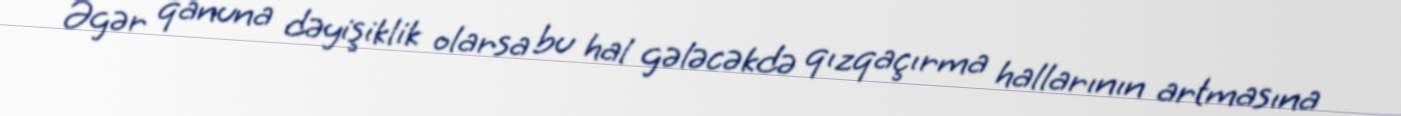
Əgər qanuna dəyişiklik olarsa bu hal gələcəkdə qızqaçırma hallarının artmasına